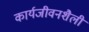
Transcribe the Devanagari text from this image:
कार्यजीवनशैली